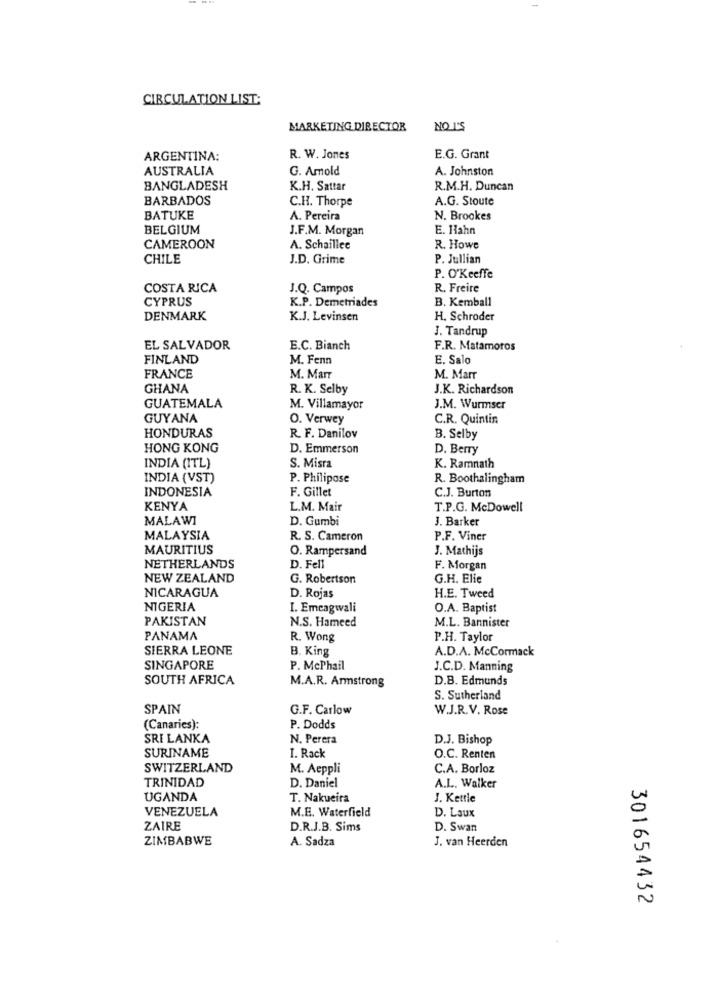
CIRCULATION LIST:
MARKETING DIRECTOR
NO 15
ARGENTINA:
R. W. Jones
E.G. Grant
AUSTRALIA
G. Amold
A. Johnston
BANGLADESH
K.H. Sattar
R.M.H. Duncan
BARBADOS
C.H. Thorpe
A.G. Stoute
BATUKE
A. Pereira
N. Brookes
BELGIUM
J.F.M. Morgan
E. Hahn
CAMEROON
A. Schaillee
R. Howe
CHILE
J.D. Grime
P. Jullian
P. O'Keeffe
COSTA RICA
J.Q. Campos
R. Freire
CYPRUS
B. Kemball
K.P. Demetriades
DENMARK
K.J. Levinsen
H. Schroder
J. Tandrup
EL SALVADOR
E.C. Bianch
F.R. Matamoros
FINLAND
M. Fenn
E. Salo
FRANCE
M. Marr
M. Marr
GHANA
R. K. Selby
J.K. Richardson
GUATEMALA
M. Villamayor
J.M. Wurmser
GUYANA
O. Verwey
C.R. Quintin
HONDURAS
R. F. Danilov
B. Selby
HONG KONG
D. Emmerson
D. Berry
INDIA (ITL)
S. Misra
K. Ramnath
INDIA (VST)
P. Philipase
R. Boothalingham
INDONESIA
F. Gillet
C.J. Burton
KENYA
L.M. Mair
T.P.G. McDowell
MALAWI
D. Gumbi
J. Barker
MALAYSIA
R. S. Cameron
P.F. Viner
MAURITIUS
O. Rampersand
J. Mathijs
NETHERLANDS
D. Fell
F. Morgan
NEW ZEALAND
G. Robertson
G.H. Elie
NICARAGUA
H.E. Tweed
D. Rojas
NIGERIA
I. Emeagwali
O.A. Baptist
PAKISTAN
N.S. Hameed
M.L. Bannister
PANAMA
R. Wong
P.H. Taylor
SIERRA LEONE
B. King
A.D.A. McCormack
SINGAPORE
P. McPhail
J.C.D. Manning
SOUTH AFRICA
M.A.R. Armstrong
D.B. Edmunds
S. Sutherland
SPAIN
G.F. Carlow
W.J.R.V. Rose
(Canaries):
P. Dodds
SRI LANKA
N. Perera
D.J. Bishop
SURINAME
1. Rack
O.C. Renten
SWITZERLAND
M. Aeppli
C.A. Borloz
TRINIDAD
D. Daniel
A.L .. Walker
UGANDA
T. Nakueira
J. Kettle
VENEZUELA
M.E. Waterfield
D. Laux
ZAIRE
D.R.J.B. Sims
D. Swan
ZIMBABWE
A. Sadza
J. van Heerden
301654432